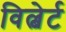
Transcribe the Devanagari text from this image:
विल्बेर्ट